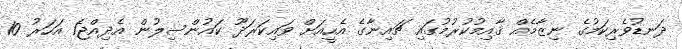
ދަނޑުވެރިކަމުގެ ނިޒާމެއް ޤާއިމުކުރުމުގައި ޗައިނާގެ އެހީއަށް ވައިކަރަދޫ ކައުންސިލުން އެދިއްޖެ1 އަހަރު 10